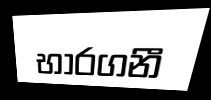
භාරගනී